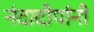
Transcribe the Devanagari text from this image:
नंदादीपांनी